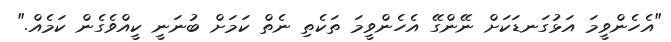
"އެހެންވީމަ އަޅުގަނޑަކަށް ނޭންގޭ އެހެންވީމަ ތަކެތި ނެތް ކަމަށް ބުނަނީ ކީއްވެގެން ކަމެއް."